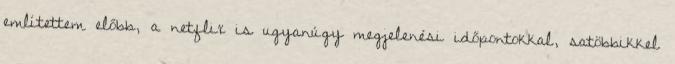
említettem előbb, a netflix is ugyanúgy megjelenési időpontokkal, satöbbikkel